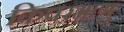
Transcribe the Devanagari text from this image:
किपरमाणु